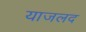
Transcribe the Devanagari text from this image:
याजलद